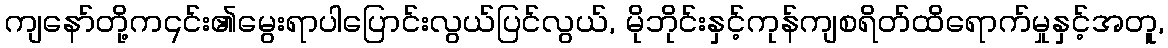
ကျနော်တို့က၎င်း၏မွေးရာပါပြောင်းလွယ်ပြင်လွယ်, မိုဘိုင်းနှင့်ကုန်ကျစရိတ်ထိရောက်မှုနှင့်အတူ,